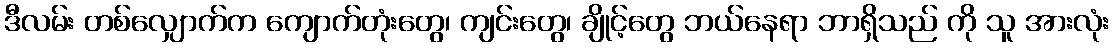
ဒီလမ်း တစ်လျှောက်က ကျောက်တုံးတွေ၊ ကျင်းတွေ၊ ချိုင့်တွေ ဘယ်နေရာ ဘာရှိသည် ကို သူ အားလုံး